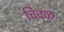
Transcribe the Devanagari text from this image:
चिवळ